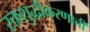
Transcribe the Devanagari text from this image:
रक्तशुद्धीकरणाची